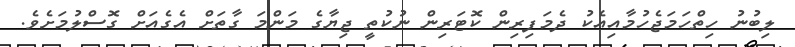
ލިބުނު ހިތްހަމަޖެހުމާއިއެކު ދެމަފިރިން ކޮޓަރިން ނުކުތީ ޖިޔާގެ މަންމަ ގާތަށް އެގެއަށް ގޮސްލުމަށެވެ.